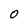
Character: 0